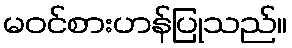
မဝင်စားဟန်ပြုသည်။